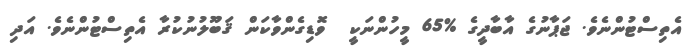
އެތިސްޓުންނެވެ. ޖަޕާނުގެ އާބާދީގެ %65 މީހުންނަކީ  ވޮޑިގެންވާކަން ޤަބޫލުނުކުރާ އެތިސްޓުންނެވެ. އަދި